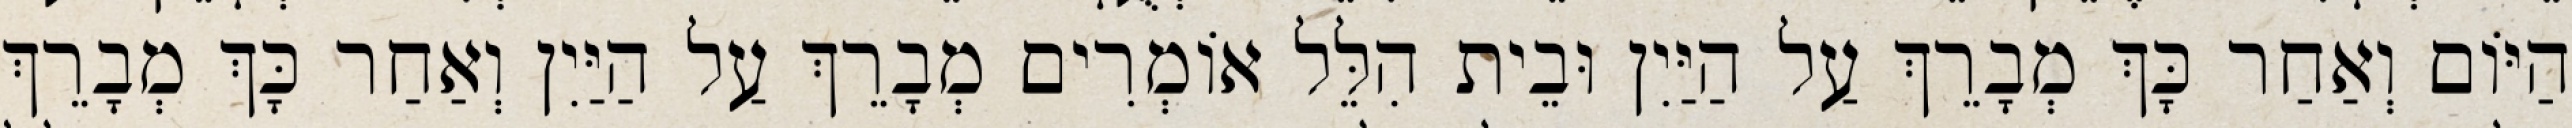
הַיּוֹם וְאַחַר כָּךְ מְבָרֵךְ עַל הַיַּיִן וּבֵית הִלֵּל אוֹמְרִים מְבָרֵךְ עַל הַיַּיִן וְאַחַר כָּךְ מְבָרֵךְ